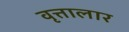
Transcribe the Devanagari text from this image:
वृत्तालार